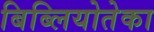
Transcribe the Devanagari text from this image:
बिब्लियोतेका